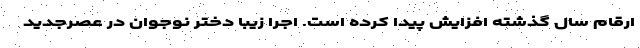
ارقام سال گذشته افزایش پیدا کرده است. اجرا زیبا دختر نوجوان در عصرجدید